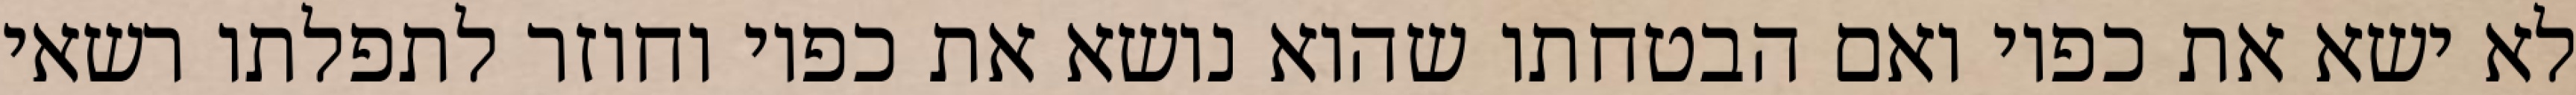
לא ישא את כפיו ואם הבטחתו שהוא נושא את כפיו וחוזר לתפלתו רשאי